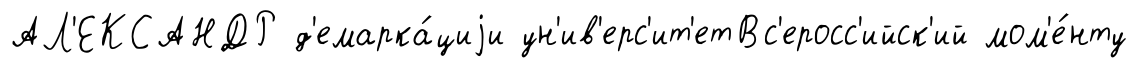
АЛ'ЕКСАНДР д'емарка́циjи ун'ив'ерс'ит'етВс'еросс'ийск'ий мом'е́нту